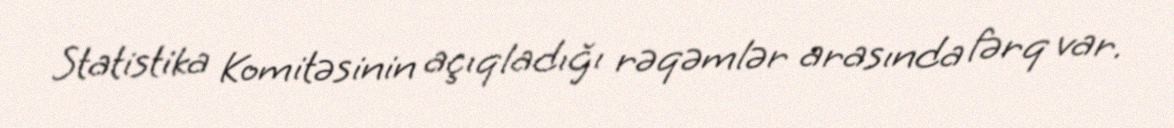
Statistika Komitəsinin açıqladığı rəqəmlər arasında fərq var.